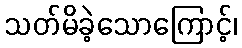
သတ်မိခဲ့သောကြောင့်၊